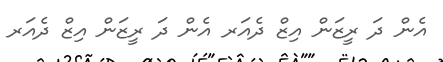
އެން ދަ ރީޒަން އިޒް ދެއަރ އެން ދަ ރީޒަން އިޒް ދެއަރ